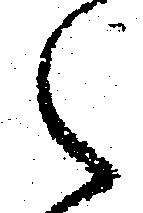
々